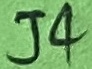
Text: J4